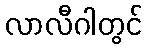
လာလီဂါတွင်